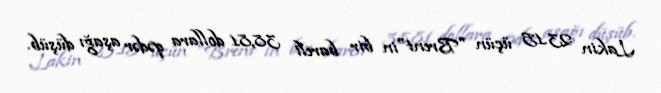
Lakin 23.15 üçün "Brent"in bir bareli 38,81 dollara qədər aşağı düşüb.